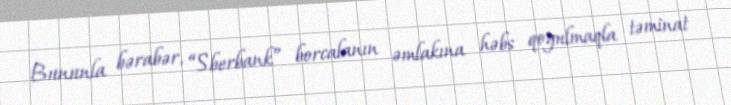
Bununla bərabər, “Sberbank” borcalanın əmlakına həbs qoyulmaqla təminat